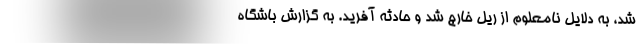
شد، به دلایل نامعلوم از ریل خارج شد و حادثه آفرید. به گزارش باشگاه